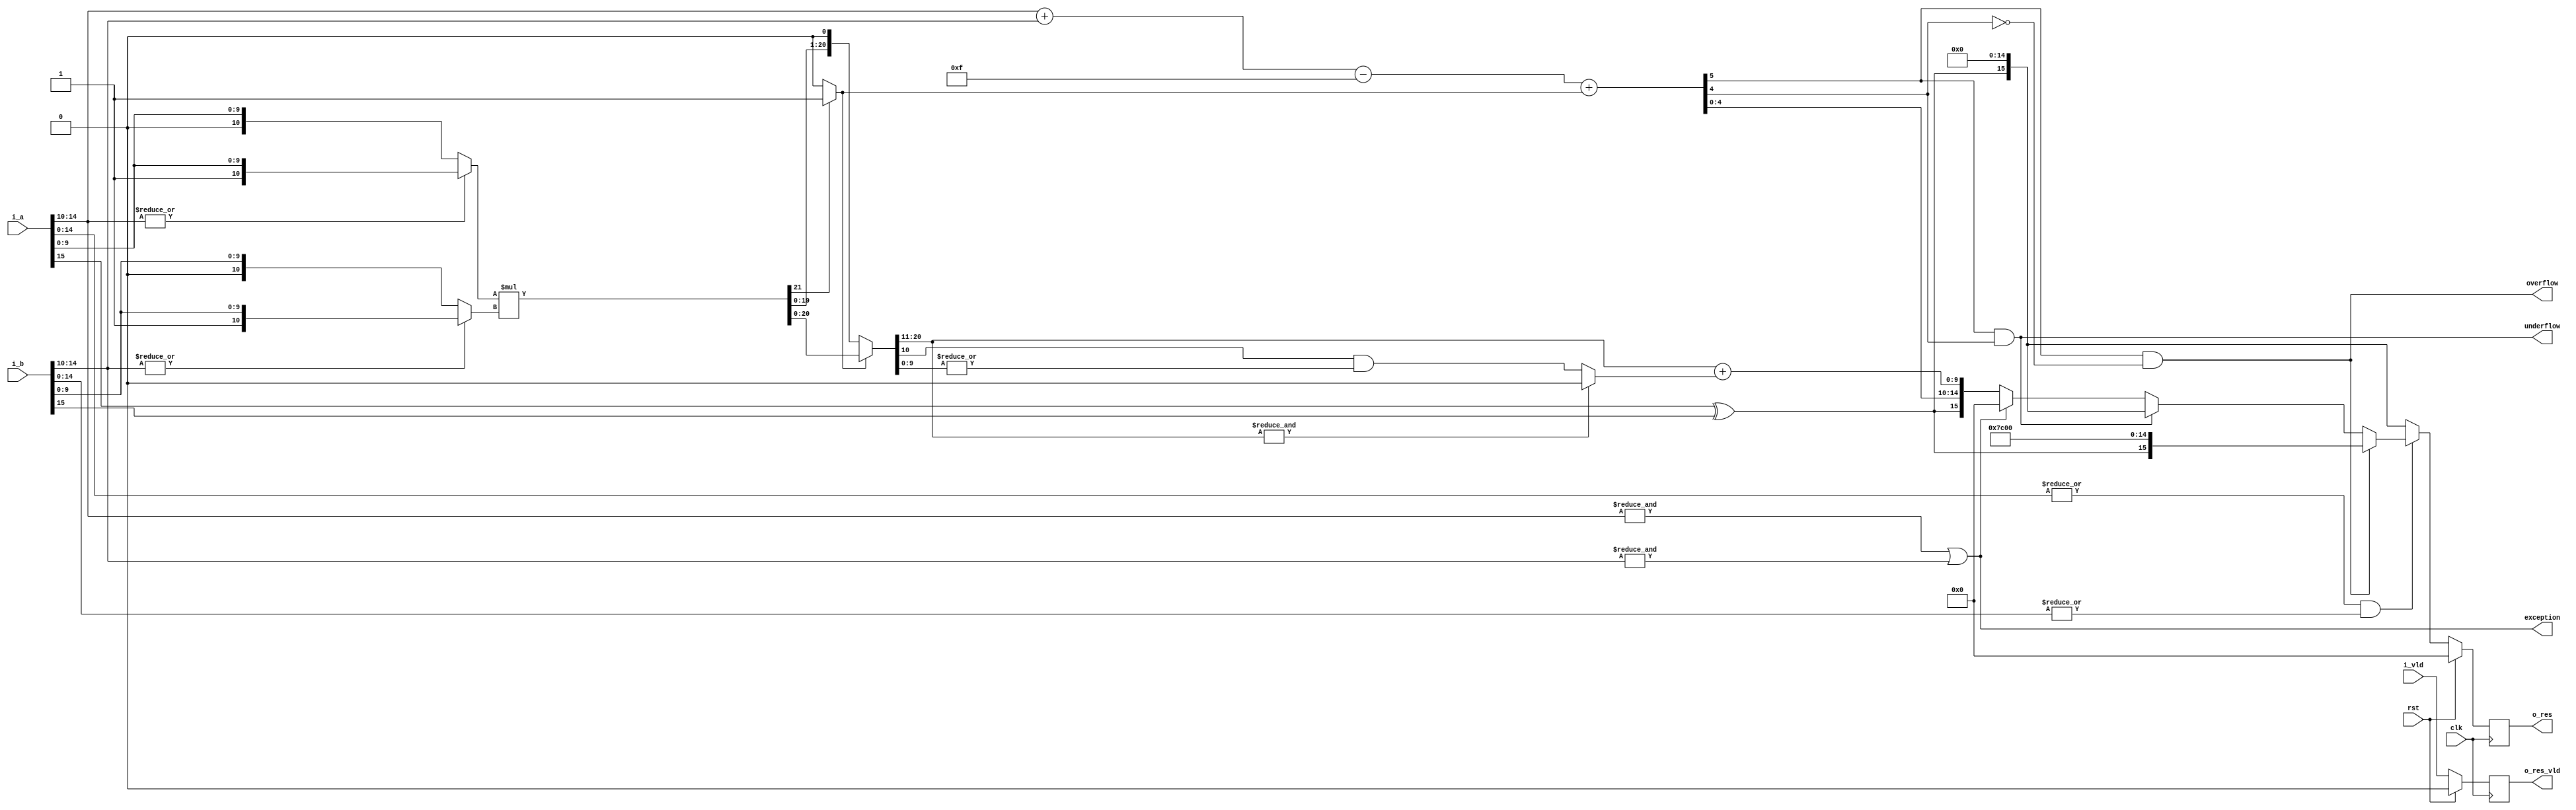
module multiplier(clk,rst,i_a,i_b,i_vld,exception,overflow,underflow,o_res,o_res_vld);

input clk,rst;

input i_vld;
input [15:0] i_a,i_b;

output exception,overflow,underflow;
output reg [15:0] o_res;
output reg o_res_vld;

wire sign,round,normalised,zero;
wire [5:0] exponent,sum_exponent;
wire [9:0] product_mantissa;  ////
wire [10:0] op_a,op_b;
wire [21:0] product,product_normalised,res; 



wire [15:0] a,b;
assign zero= !(|i_a[14:0]  && |i_b[14:0]);

always @(posedge clk)
begin
	if(rst)
	begin
		o_res <= 16'd0;
		o_res_vld <= 1'b0;
	end
	
	else 
	begin
		o_res <= res;
		o_res_vld <= i_vld;
	end

end

assign a = i_a;
assign b = i_b;


assign sign = a[15] ^ b[15];

  													
assign exception = (&a[14:10]) | (&b[14:10]);								
																							
																																														
assign op_a = (|(a[14:10]) ? {1'b1,a[9:0]} : {1'b0,a[9:0]});		  
assign op_b = (|(b[14:10]) ? {1'b1,b[9:0]} : {1'b0,b[9:0]});


assign product = op_a * op_b ;	// can use modified booth recoding multiplier here instead of * operation
											
assign round = |product_normalised[9:0]; 
 							
assign normalised = product[21] ? 1'b1 : 1'b0;
	
assign product_normalised = normalised ? product : product << 1;								

assign product_mantissa = product_normalised[20:11] + ((&product_normalised[20:11])?1'b0:(product_normalised[10] & round)); 
					
//assign zero = exception ? 1'b0 : (product_mantissa == 10'b0) ? 1'b1 : 1'b0;

assign sum_exponent = a[14:10] + b[14:10];

assign exponent = sum_exponent - 5'd15 + normalised;

assign overflow =((exponent[5] & !exponent[4])) ;
									
assign underflow =((exponent[5] & exponent[4])); 							

assign res = (zero ?({sign,15'd0}): overflow ?({sign,5'b11111,10'b0}) : underflow ? ({sign,15'b0}) : exception ? 16'b0 : {sign,exponent[4:0],product_mantissa});

endmodule

/*
module multiplier_tb;
reg clk,rst;
reg [15:0] a,b;
//wire exception,overflow,underflow;
wire [15:0] res;

multiplier DUT(.clk(clk),.rst(rst),.i_a(a),.i_b(b),.o_res(res));

initial
begin
		
	 clk=0;
	 rst=0;
	 
	 #2
	 rst=1;
	 
	 #5
	 rst=0;
	 
	 #3
         a=16'h3e00; 
	 b=16'hbe00;  //expected c080(1.5x-1.5)
	 
	 #10 
	 a=16'h4640; 
	 b=16'h4400; // expected 4e40 (6.25x4)
	 
	 #10
	 
	 a=16'hc900; 
	 b=16'hc900;  //5640(-10x-10) 

	 #10
	 
	 a=16'h000E;
	 b=16'h000A; //0000
	 
	 #200
	 $finish;
	 
end
always #5 clk=!clk;

endmodule
*/